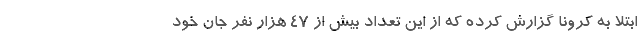
ابتلا به کرونا گزارش کرده که از این تعداد بیش از ۴۷ هزار نفر جان خود